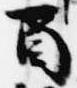
酉